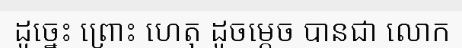
ដូច្នេះ ព្រោះ ហេតុ ដូចម្តេច បានជា លោក